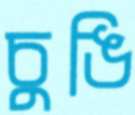
চুঙি